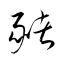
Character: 豬